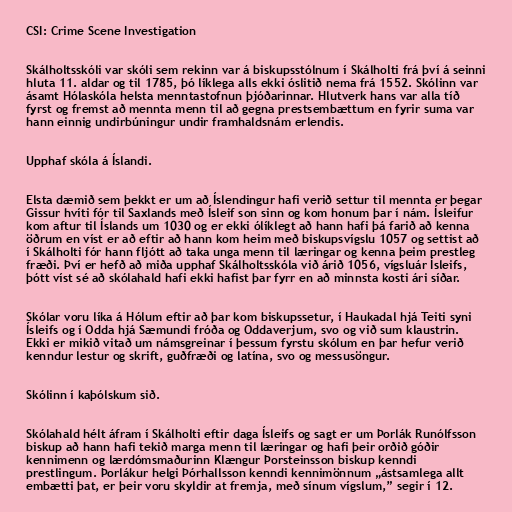
CSI: Crime Scene Investigation

Skálholtsskóli var skóli sem rekinn var á biskupsstólnum í Skálholti frá því á seinni
hluta 11. aldar og til 1785, þó líklega alls ekki óslitið nema frá 1552. Skólinn var
ásamt Hólaskóla helsta menntastofnun þjóðarinnar. Hlutverk hans var alla tíð
fyrst og fremst að mennta menn til að gegna prestsembættum en fyrir suma var
hann einnig undirbúningur undir framhaldsnám erlendis.

Upphaf skóla á Íslandi.

Elsta dæmið sem þekkt er um að Íslendingur hafi verið settur til mennta er þegar
Gissur hvíti fór til Saxlands með Ísleif son sinn og kom honum þar í nám. Ísleifur
kom aftur til Íslands um 1030 og er ekki ólíklegt að hann hafi þá farið að kenna
öðrum en víst er að eftir að hann kom heim með biskupsvígslu 1057 og settist að
í Skálholti fór hann fljótt að taka unga menn til læringar og kenna þeim prestleg
fræði. Því er hefð að miða upphaf Skálholtsskóla við árið 1056, vígsluár Ísleifs,
þótt víst sé að skólahald hafi ekki hafist þar fyrr en að minnsta kosti ári síðar.

Skólar voru líka á Hólum eftir að þar kom biskupssetur, í Haukadal hjá Teiti syni
Ísleifs og í Odda hjá Sæmundi fróða og Oddaverjum, svo og við sum klaustrin.
Ekki er mikið vitað um námsgreinar í þessum fyrstu skólum en þar hefur verið
kenndur lestur og skrift, guðfræði og latína, svo og messusöngur.

Skólinn í kaþólskum sið.

Skólahald hélt áfram í Skálholti eftir daga Ísleifs og sagt er um Þorlák Runólfsson
biskup að hann hafi tekið marga menn til læringar og hafi þeir orðið góðir
kennimenn og lærdómsmaðurinn Klængur Þorsteinsson biskup kenndi
prestlingum. Þorlákur helgi Þórhallsson kenndi kennimönnum „ástsamlega allt
embætti þat, er þeir voru skyldir at fremja, með sínum vígslum,” segir í 12.